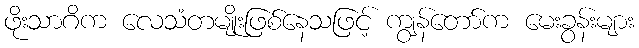
ဖိုးသာဂိက လေသံတမျိုးဖြစ်နေသဖြင့် ကျွန်တော်က မေးခွန်းများ